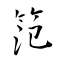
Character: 笵